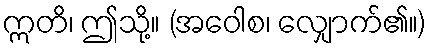
ဣတိ၊ ဤသို့။ (အဝေါစ၊ လျှောက်၏။)